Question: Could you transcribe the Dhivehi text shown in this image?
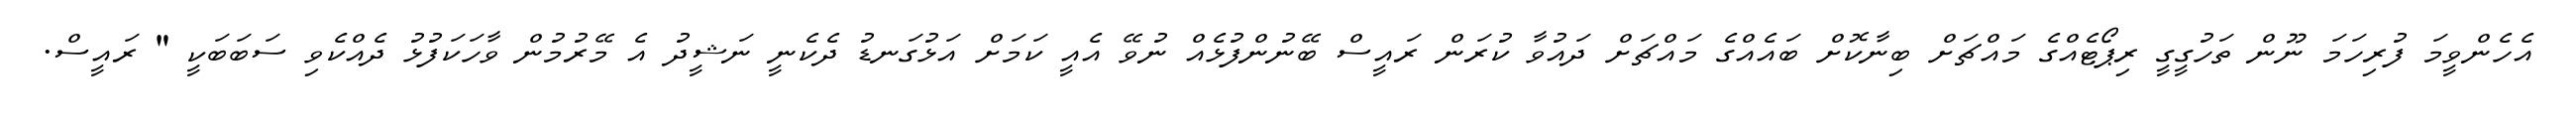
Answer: އެހެންވީމަ ފުރިހަމަ ނޫން ތަހުގީގީ ރިޕޯޓެއްގެ މައްޗަށް ބިނާކޮށް ބައެއްގެ މައްޗަށް ދައުވާ ކުރަން ރައީސް ބޭނުންފުޅެއް ނުވޭ އެއީ ކަމަށް އަޅުގަނޑު ދެކެނީ ނަޝީދު އެ މޭރުމުން ވާހަކަފުޅު ދެއްކެވި ސަބަބަކީ " ރައީސް.